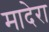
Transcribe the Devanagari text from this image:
मादेरा